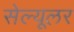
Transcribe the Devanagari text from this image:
सेल्‍यूलर